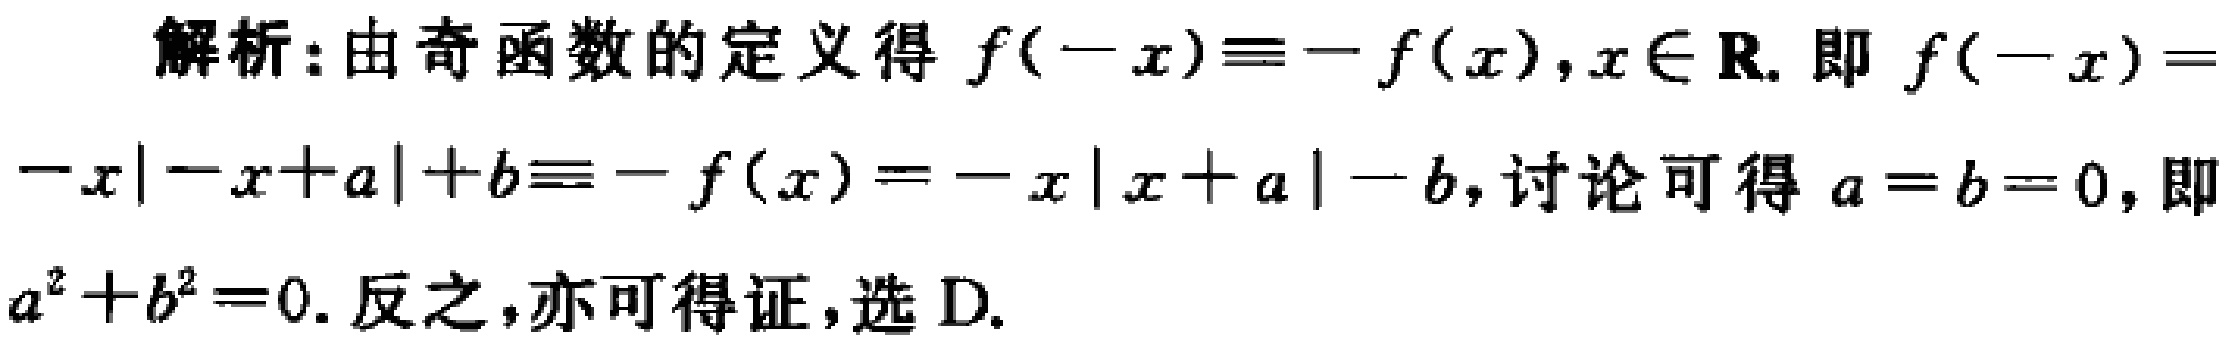
解析：由奇函数的定义得 \(f(-x)\equiv -f(x),x\in \mathbf{R}\). 即 \(f(-x)=-x|-x + a|+b\equiv -f(x)=-x|x + a|-b\)，讨论可得 \(a = b = 0\)，即 \(a^{2}+b^{2}=0\). 反之，亦可得证，选 D.